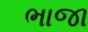
ભાજા